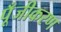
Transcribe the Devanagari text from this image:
पूँजीकरण